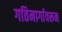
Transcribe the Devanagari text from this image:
गतिमार्गावरून